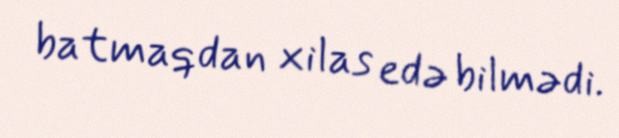
batmaqdan xilas edə bilmədi.